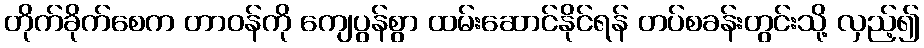
တိုက်ခိုက်စေက တာဝန်ကို ကျေပွန်စွာ ထမ်းဆောင်နိုင်ရန် တပ်စခန်းတွင်းသို့ လှည့်၍